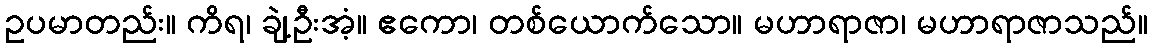
ဥပမာတည်း။ ကိရ၊ ချဲ့ဦးအံ့။ ဧကော၊ တစ်ယောက်သော။ မဟာရာဇာ၊ မဟာရာဇာသည်။